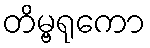
တိမ္ဗရုကော